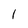
Character: 1